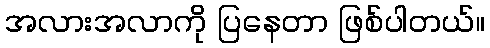
အလားအလာကို ပြနေတာ ဖြစ်ပါတယ်။